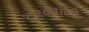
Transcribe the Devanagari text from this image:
१९२८साली